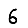
Digit: 6